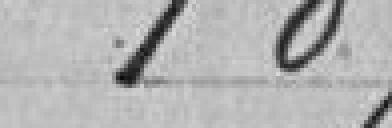
187